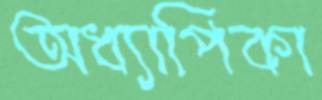
অধ্যাপিকা